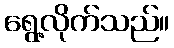
ရွေ့လိုက်သည်။